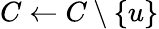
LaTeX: C\gets C\setminus\{ u\}